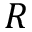
R